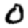
Digit: 0